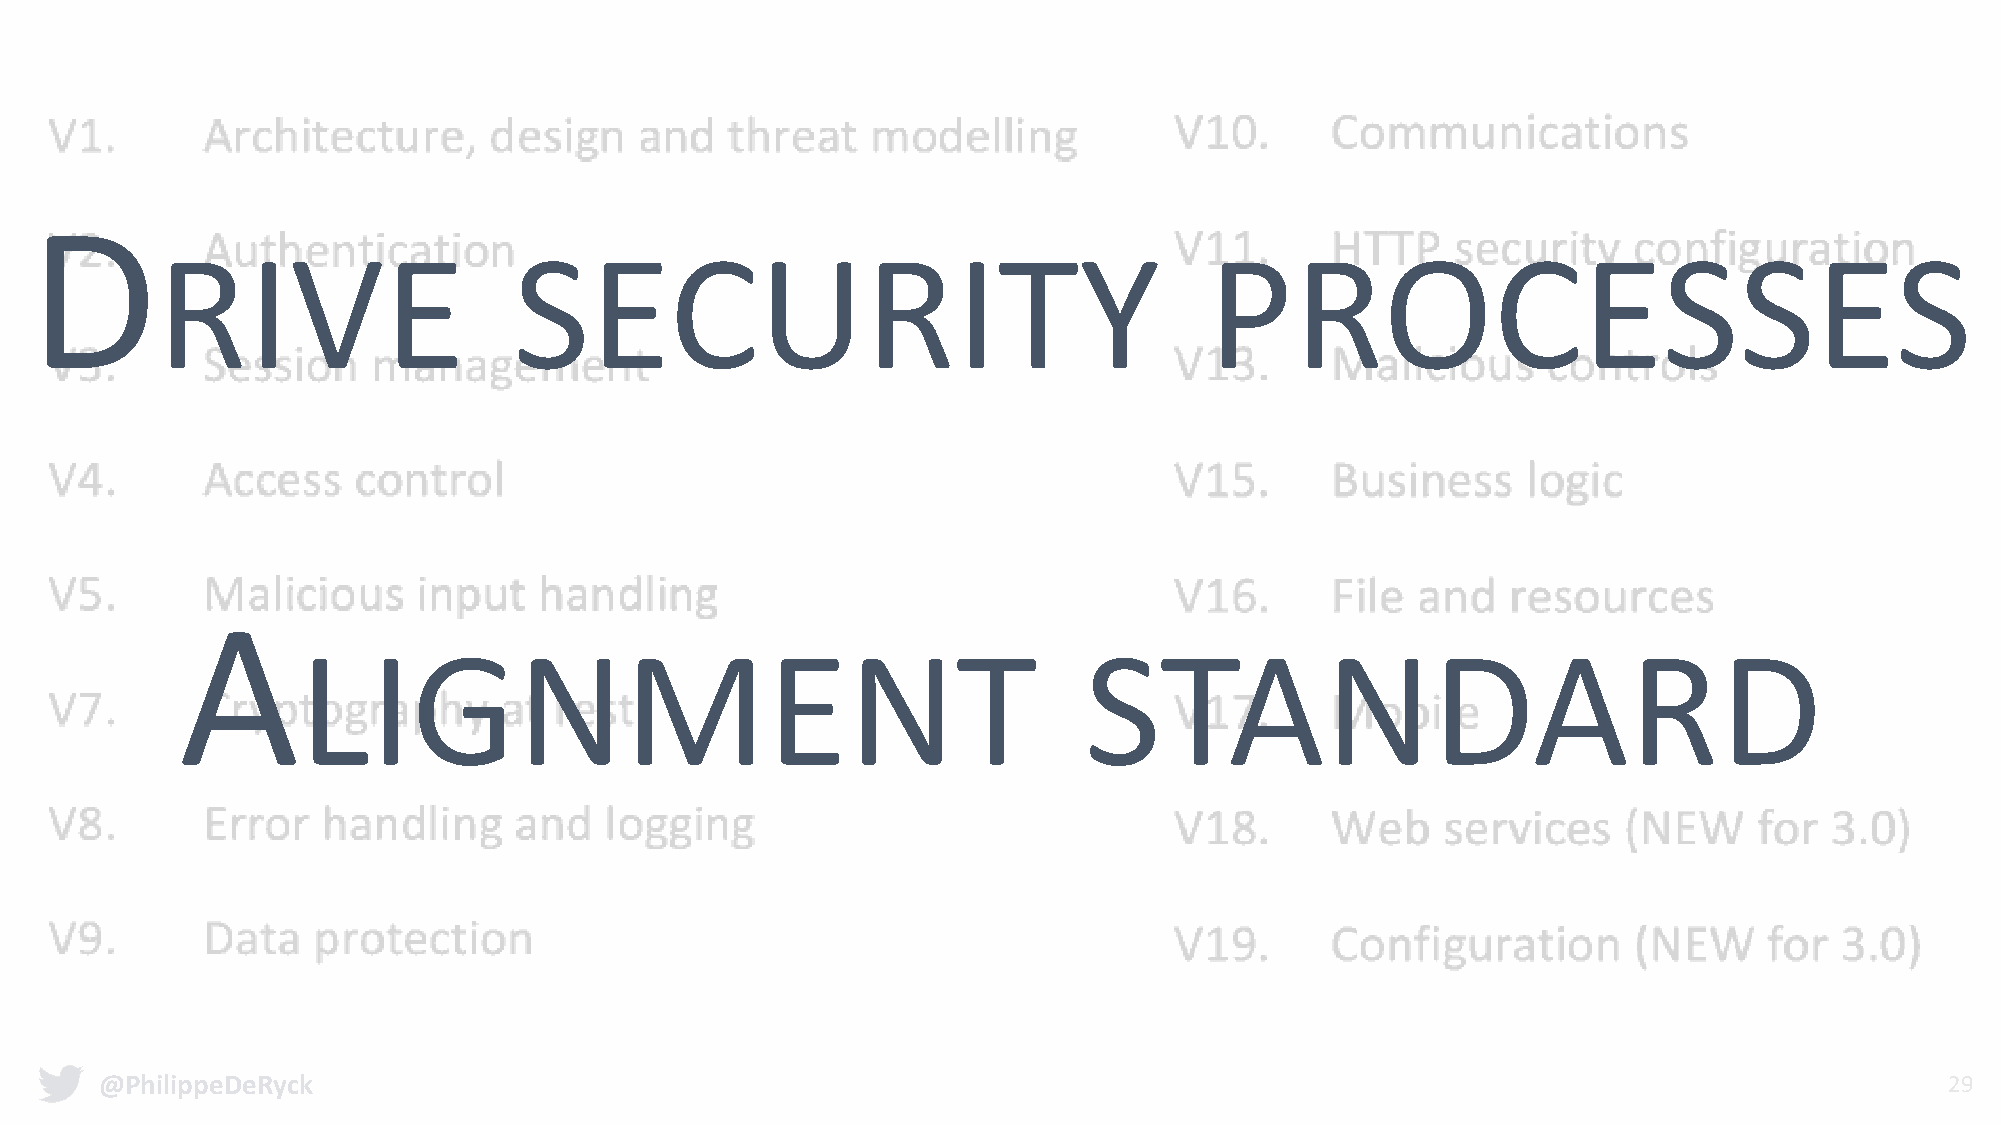
D
 RIVE                    SECURITY                                      PROCESSES
 A
 LIGNMENT                                            STANDARD
 @PhilippeDeRyck                                                                                                           29